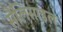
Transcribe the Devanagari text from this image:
सैलिसाइल